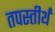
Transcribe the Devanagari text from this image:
तपस्तीर्थं